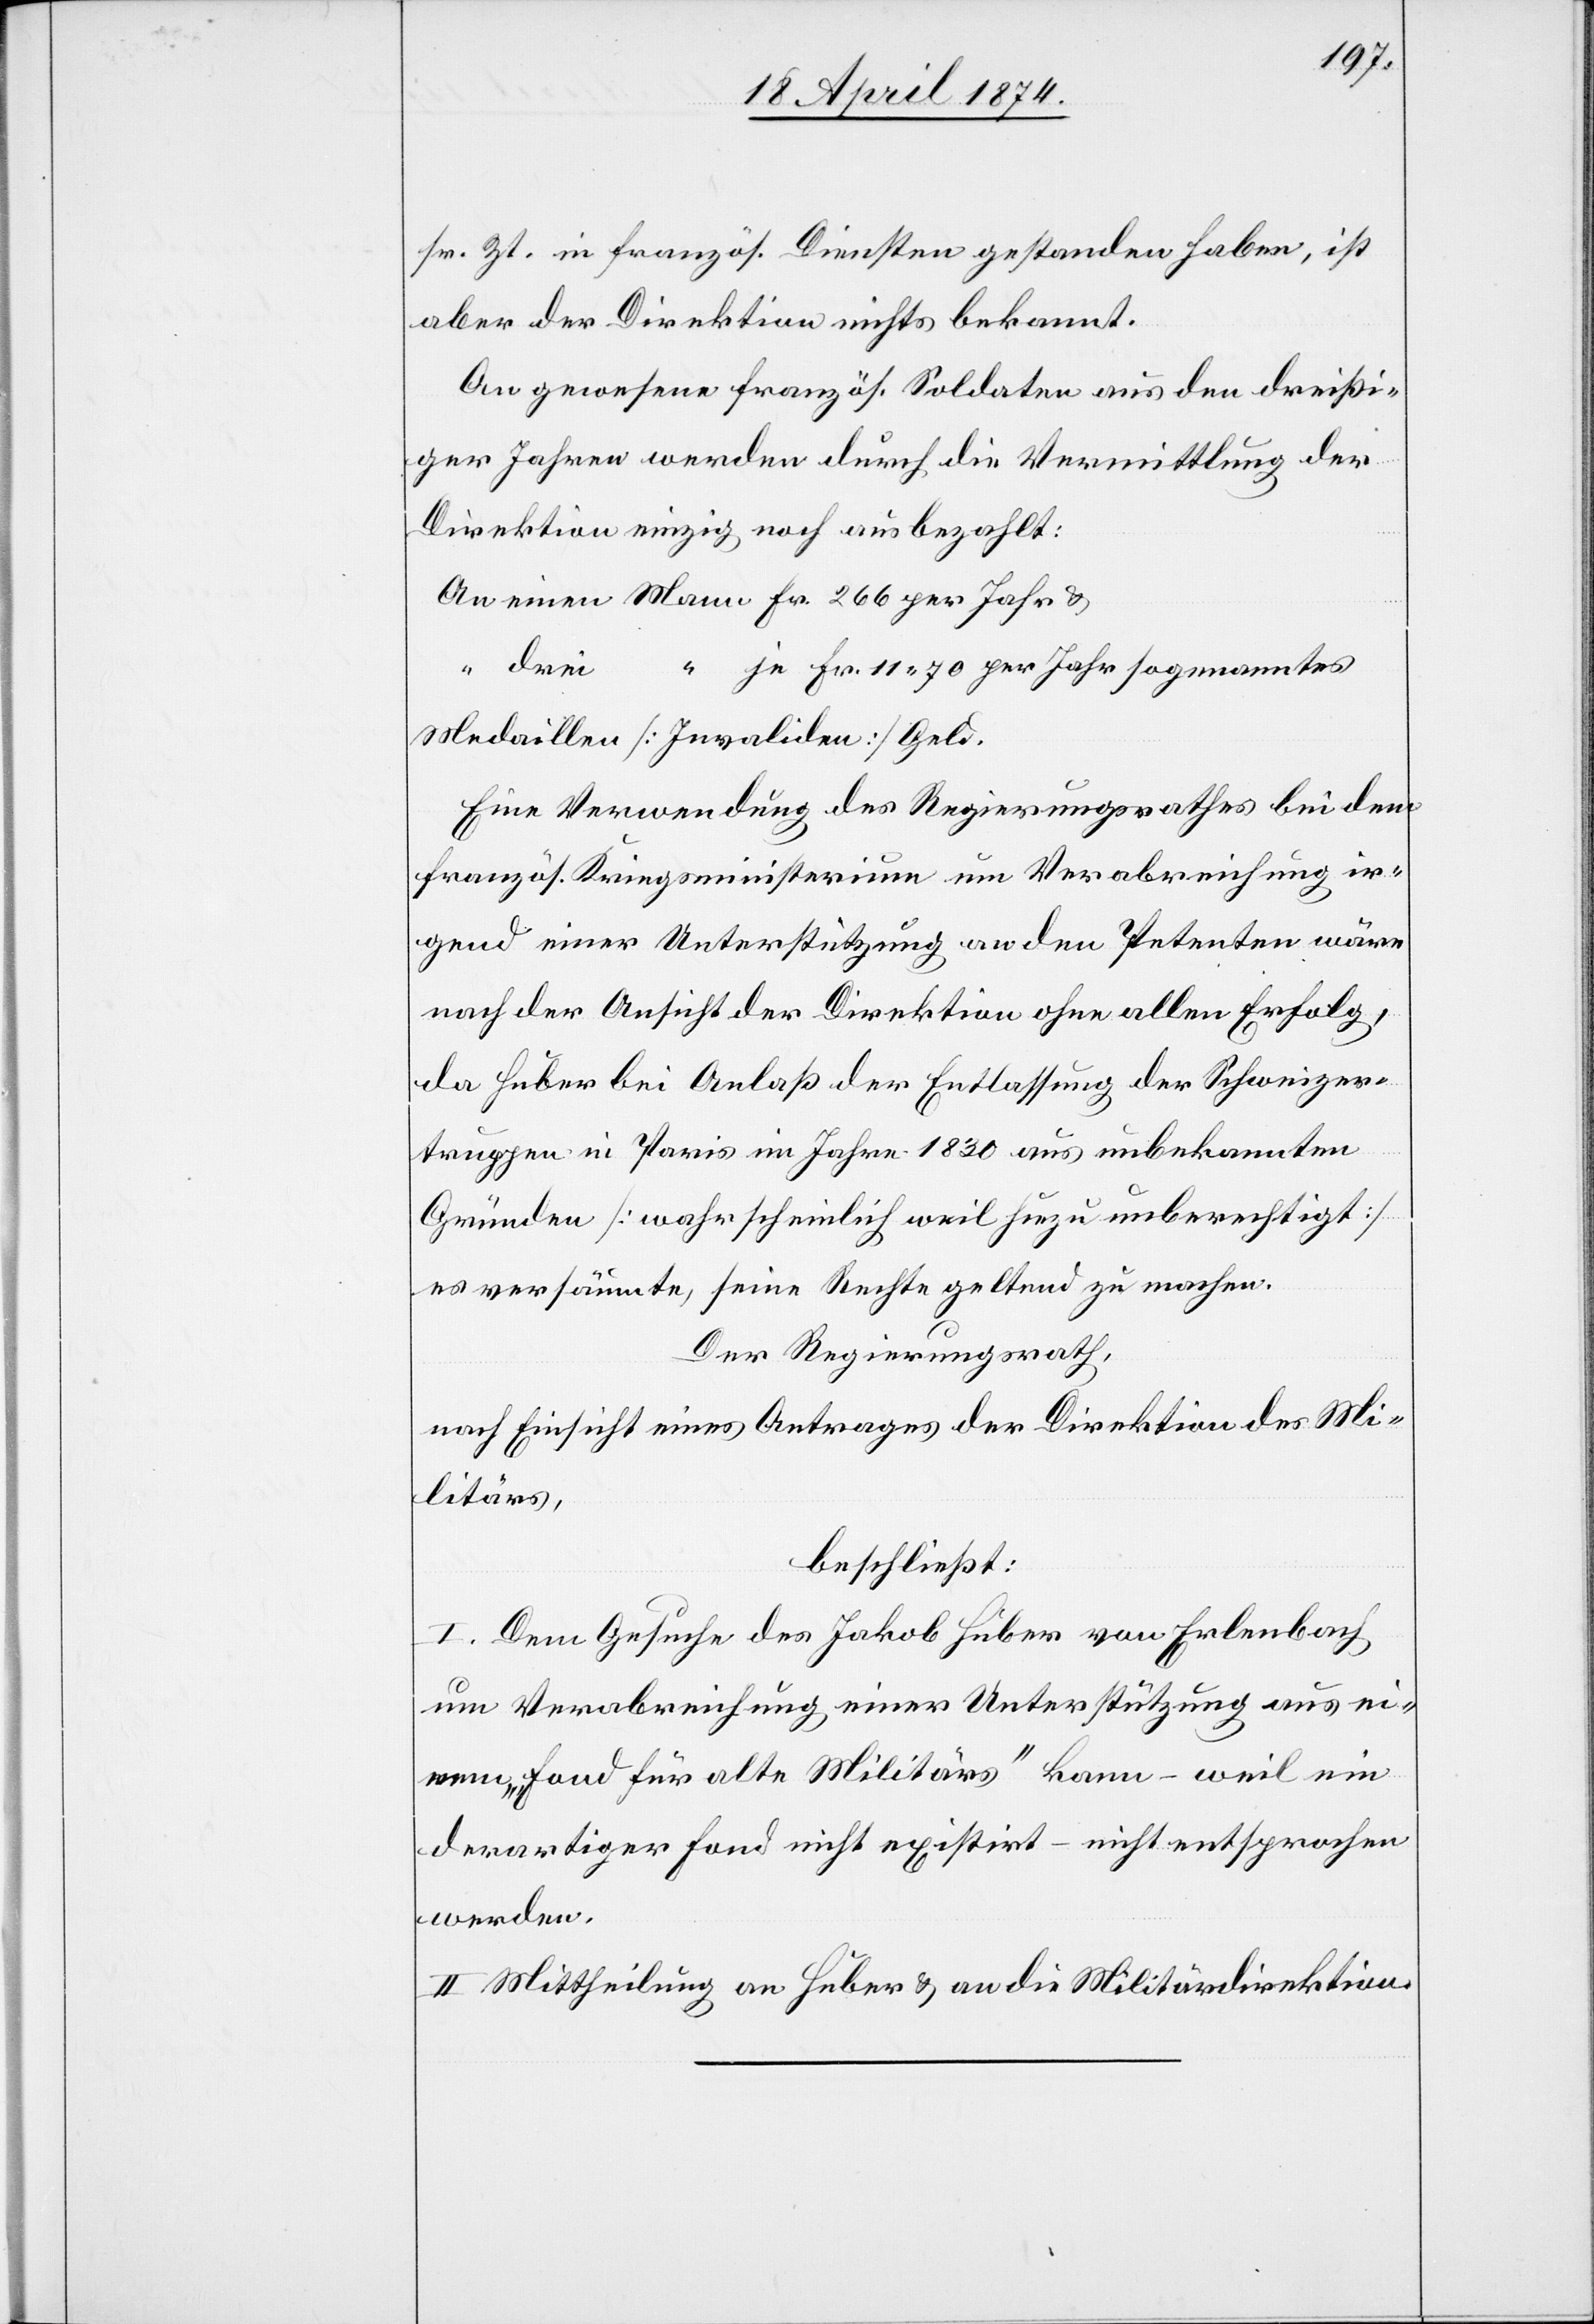
sr. Zt. in französ. Diensten gestanden haben, ist
aber der Direktion nichts bekannt.
An gewesene französ. Soldaten aus den dreißi¬
ger Jahren werden durch die Vermittlung der
Direktion einzig noch ausbezahlt:
An einen Mann Fr. 266 per Jahr u.
“ je Fr. 11.70 per Jahren sogenanntes
“ drei
Medaillon [Invaliden] Geld.
Eine Verwendung des Regierungsrathes bei dem
französ. Kriegsministerium um Verabreichung ir¬
gend einer Unterstützung an den Petenten wäre
nach der Ansicht der Direktion ohne allen Erfolg,
da Huber bei Anlaß der Entlassung der Schweizer¬
truppen in Paris im Jahre 1830 aus unbekannten
Gründen [wahrscheinlich weil hiezu unberechtigt]
es versäumte, seine Rechte geltend zu machen.
Der Regierungsrath,
nach Einsicht eines Antrages der Direktion des Mi¬
litärs,
beschließt:
I. Dem Gesuche des Jakob Huber von Erlenbach
um Verabreichung einer Unterstützung aus ei¬
nem „Fond für alte Militärs“ kann – weil ein
derartiger Fond nicht existirt – nicht entsprochen
werden.
II. Mittheilung an Huber u. an die Militärdirektion.